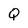
Character: Q